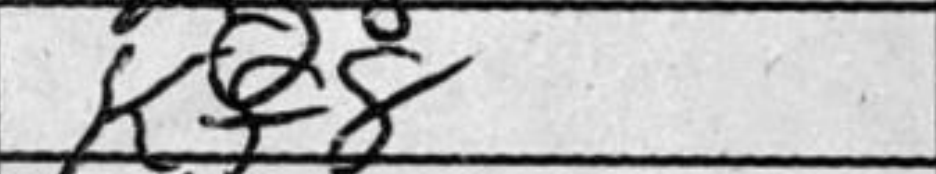
Transcription: Kf8